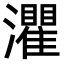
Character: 灈